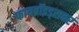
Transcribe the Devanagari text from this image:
फायब्रॉइड्‌सवर